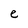
Character: e